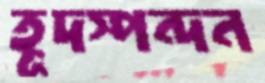
হূদস্পন্দন